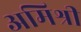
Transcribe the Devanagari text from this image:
अमिश्री